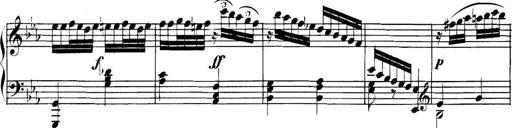
Title: Collected Piano Sonatas
Composer: Muzio Clementi